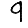
Digit: 9